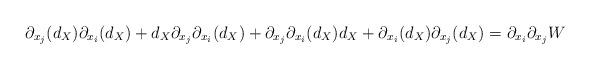
LaTeX: \begin{align*}\partial_{x_j}(d_X) \partial_{x_i}(d_X) + d_X \partial_{x_j} \partial_{x_i}(d_X) + \partial_{x_j} \partial_{x_i}(d_X) d_X + \partial_{x_i}(d_X) \partial_{x_j}(d_X) = \partial_{x_i} \partial_{x_j}W\end{align*}